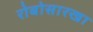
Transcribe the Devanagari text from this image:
रोबोसारखा